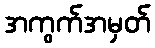
အကွက်အမှတ်